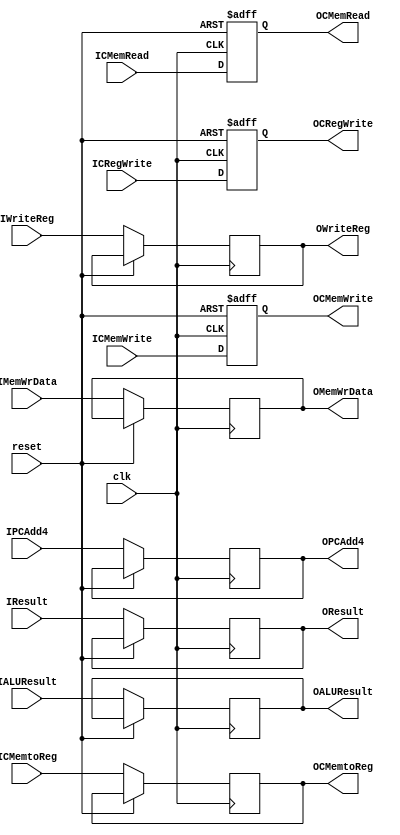
module RegEXMEM (clk,
                 reset,
                 IALUResult,
                 IMemWrData,
                 IWriteReg,
                 IPCAdd4,
                 ICRegWrite,
                 ICMemtoReg,
                 ICMemRead,
                 ICMemWrite,
                 IResult,
                 OALUResult,
                 OMemWrData,
                 OWriteReg,
                 OPCAdd4,
                 OCRegWrite,
                 OCMemtoReg,
                 OCMemRead,
                 OCMemWrite,
                 OResult);
    input clk, reset;
    input [31:0] IALUResult, IMemWrData, IPCAdd4, IResult;
    input [4:0] IWriteReg;
    input [1:0] ICMemtoReg;
    input ICRegWrite, ICMemRead, ICMemWrite;
    // input CFlush;
    output reg [31:0] OALUResult, OMemWrData, OPCAdd4, OResult;
    output reg [4:0] OWriteReg;
    output reg [1:0] OCMemtoReg;
    output reg OCRegWrite, OCMemRead, OCMemWrite;
    
    always @(posedge clk or posedge reset) begin
        if (reset) begin
            OCRegWrite <= 0;
            OCMemRead  <= 0;
            OCMemWrite <= 0;
            // end else if (CFlush) begin
            // OCRegWrite <= 0;
            // OCMemRead  <= 0;
            // OCMemWrite <= 0;
            end else begin
            OALUResult <= IALUResult;
            OMemWrData <= IMemWrData;
            OWriteReg  <= IWriteReg;
            OPCAdd4    <= IPCAdd4;
            OResult    <= IResult;
            OCRegWrite <= ICRegWrite;
            OCMemtoReg <= ICMemtoReg;
            OCMemRead  <= ICMemRead;
            OCMemWrite <= ICMemWrite;
        end
    end
    
endmodule